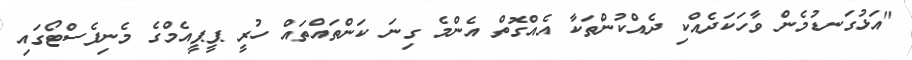
"އަޅުގަނޑުމެން ވާހަކަދެއްކި ދެއްކުންތަކާ އެއްގޮތް އެންމެ ގިނަ ކަންތައްތައް ހުރީ ޕީޕީއެމްގެ މެނިފެސްޓޯގައި